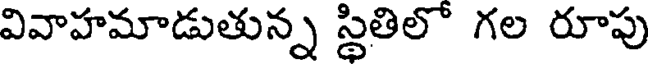
వివాహమాడుతున్న స్థితిలో గల రూపు